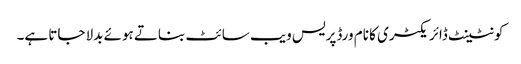
کونٹینٹ ڈائریکٹری کا نام ورڈپریس ویب سائٹ بناتے ہوئے بدلا جاتا ہے۔